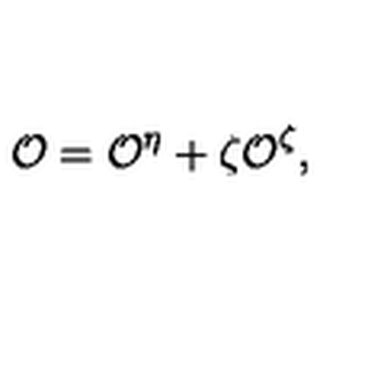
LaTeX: { \cal O } = { \cal O } ^ { \eta } + \zeta { \cal O } ^ { \zeta } ,